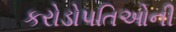
કરોડોપતિઓની